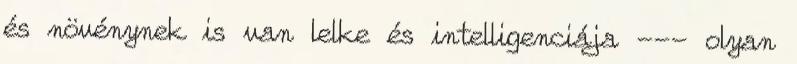
és növénynek is van lelke és intelligenciája --- olyan